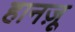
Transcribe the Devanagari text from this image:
हानज़ू